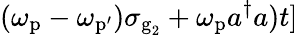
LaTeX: (\omega_{\textrm{p}}-\omega_{\mathrm{{p^{\prime}}}})\sigma_{\textrm{g}_{2}}+\omega_{\textrm{p}}a^{\dagger}a)t]